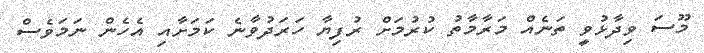
މޫސަ ވިދާޅުވީ ތަނެއް މަރާމާތު ކުރުމަށް ރުފިޔާ ހަރަދުވާނެ ކަމަށާއި އެހެން ނަމަވެސް